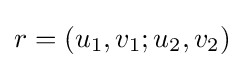
r=(u_{1},v_{1};u_{2},v_{2})